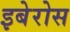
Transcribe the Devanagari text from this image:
इबेरोस